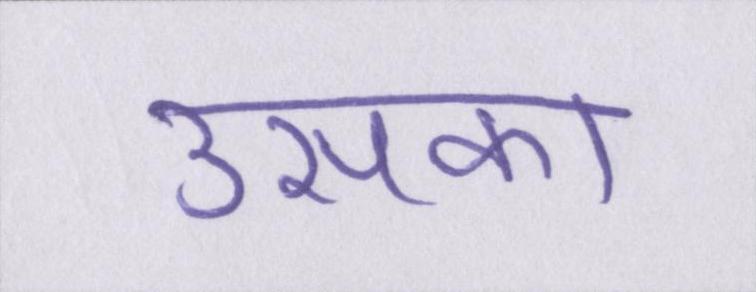
उसका